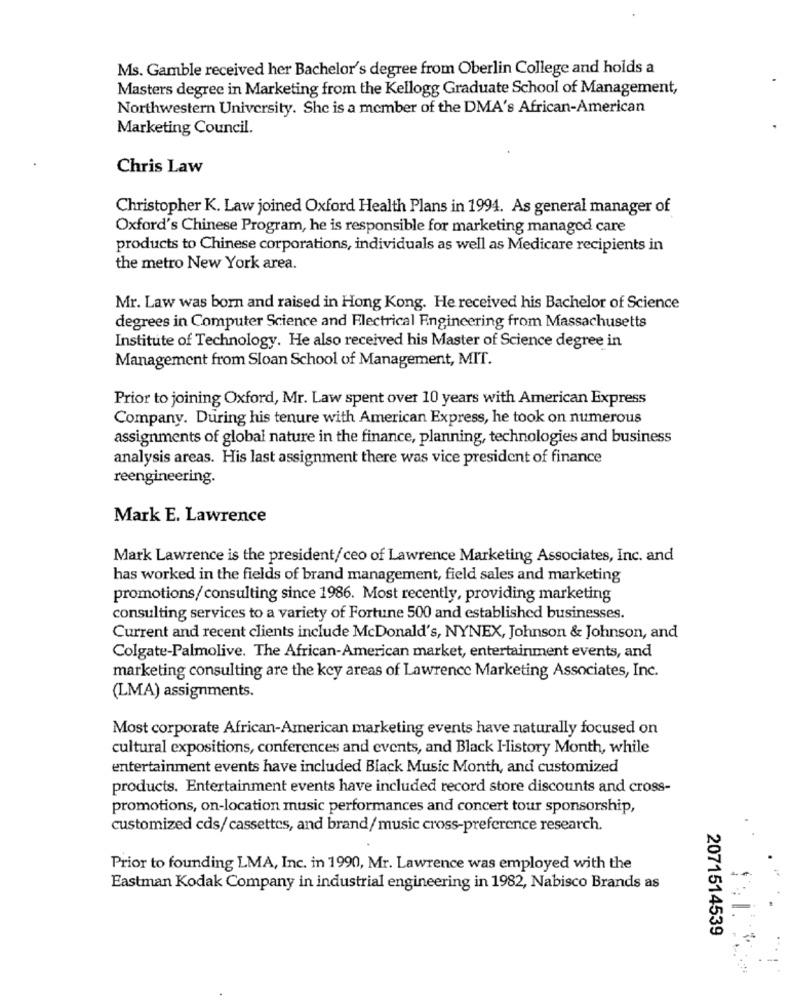
Ms. Gamble received her Bachelor's degree from Oberlin College and holds a
Masters degree in Marketing from the Kellogg Graduate School of Management,
Northwestern University. She is a member of the DMA's African-American
Marketing Council.
Chris Law
Christopher K. Law joined Oxford Health Plans in 1994. As general manager of
Oxford's Chinese Program, he is responsible for marketing managed care
products to Chinese corporations, individuals as well as Medicare recipients in
the metro New York area.
Mr. Law was born and raised in Hong Kong. He received his Bachelor of Science
degrees in Computer Science and Electrical Engineering from Massachusetts
Institute of Technology. He also received his Master of Science degree in
Management from Sloan School of Management, MIT.
Prior to joining Oxford, Mr. Law spent over 10 years with American Express
Company. During his tenure with American Express, he took on numerous
assignments of global nature in the finance, planning, technologies and business
analysis areas. His last assignment there was vice president of finance
reengineering.
Mark E. Lawrence
Mark Lawrence is the president/ceo of Lawrence Marketing Associates, Inc. and
has worked in the fields of brand management, field sales and marketing
promotions/ consulting since 1986. Most recently, providing marketing
consulting services to a variety of Fortune 500 and established businesses.
Current and recent clients include McDonald's, NYNEX, Johnson & Johnson, and
Colgate-Palmolive. The African-American market, entertainment events, and
marketing consulting are the key areas of Lawrence Marketing Associates, Inc.
(LMA) assignments.
Most corporate African-American marketing events have naturally focused on
cultural expositions, conferences and events, and Black History Month, while
entertainment events have included Black Music Month, and customized
products. Entertainment events have included record store discounts and cross-
promotions, on-location music performances and concert tour sponsorship,
customized cds/ cassettes, and brand/music cross-preference research.
Prior to founding LMA, Inc. in 1990, Mr. Lawrence was employed with the
Eastman Kodak Company in industrial engineering in 1982, Nabisco Brands as
2071514539